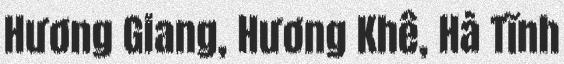
Hương Giang, Hương Khê, Hà Tĩnh